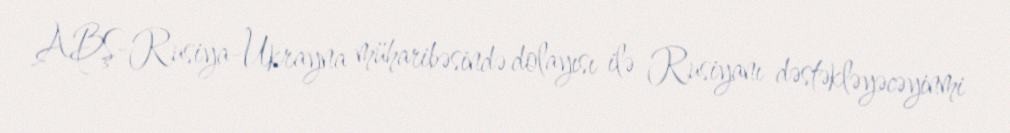
ABŞ-Rusiya-Ukrayna müharibəsində dolayısı ilə Rusiyanı dəstəkləyəcəyinmi